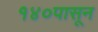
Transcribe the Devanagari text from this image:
१४०पासून